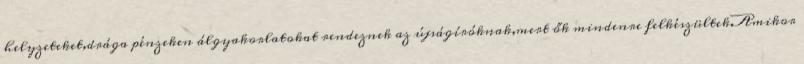
helyzeteket,drága pénzeken álgyakorlatokat rendeznek az újságíróknak,mert ők mindenre felkészültek.Amikor